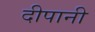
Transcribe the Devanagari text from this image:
दीपानी